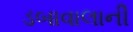
ડબાવાલાની